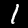
Label: 1